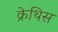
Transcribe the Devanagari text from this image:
क्रेथिस